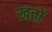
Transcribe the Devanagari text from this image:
खत्तों